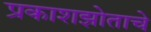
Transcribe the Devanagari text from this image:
प्रकाशझोताचे